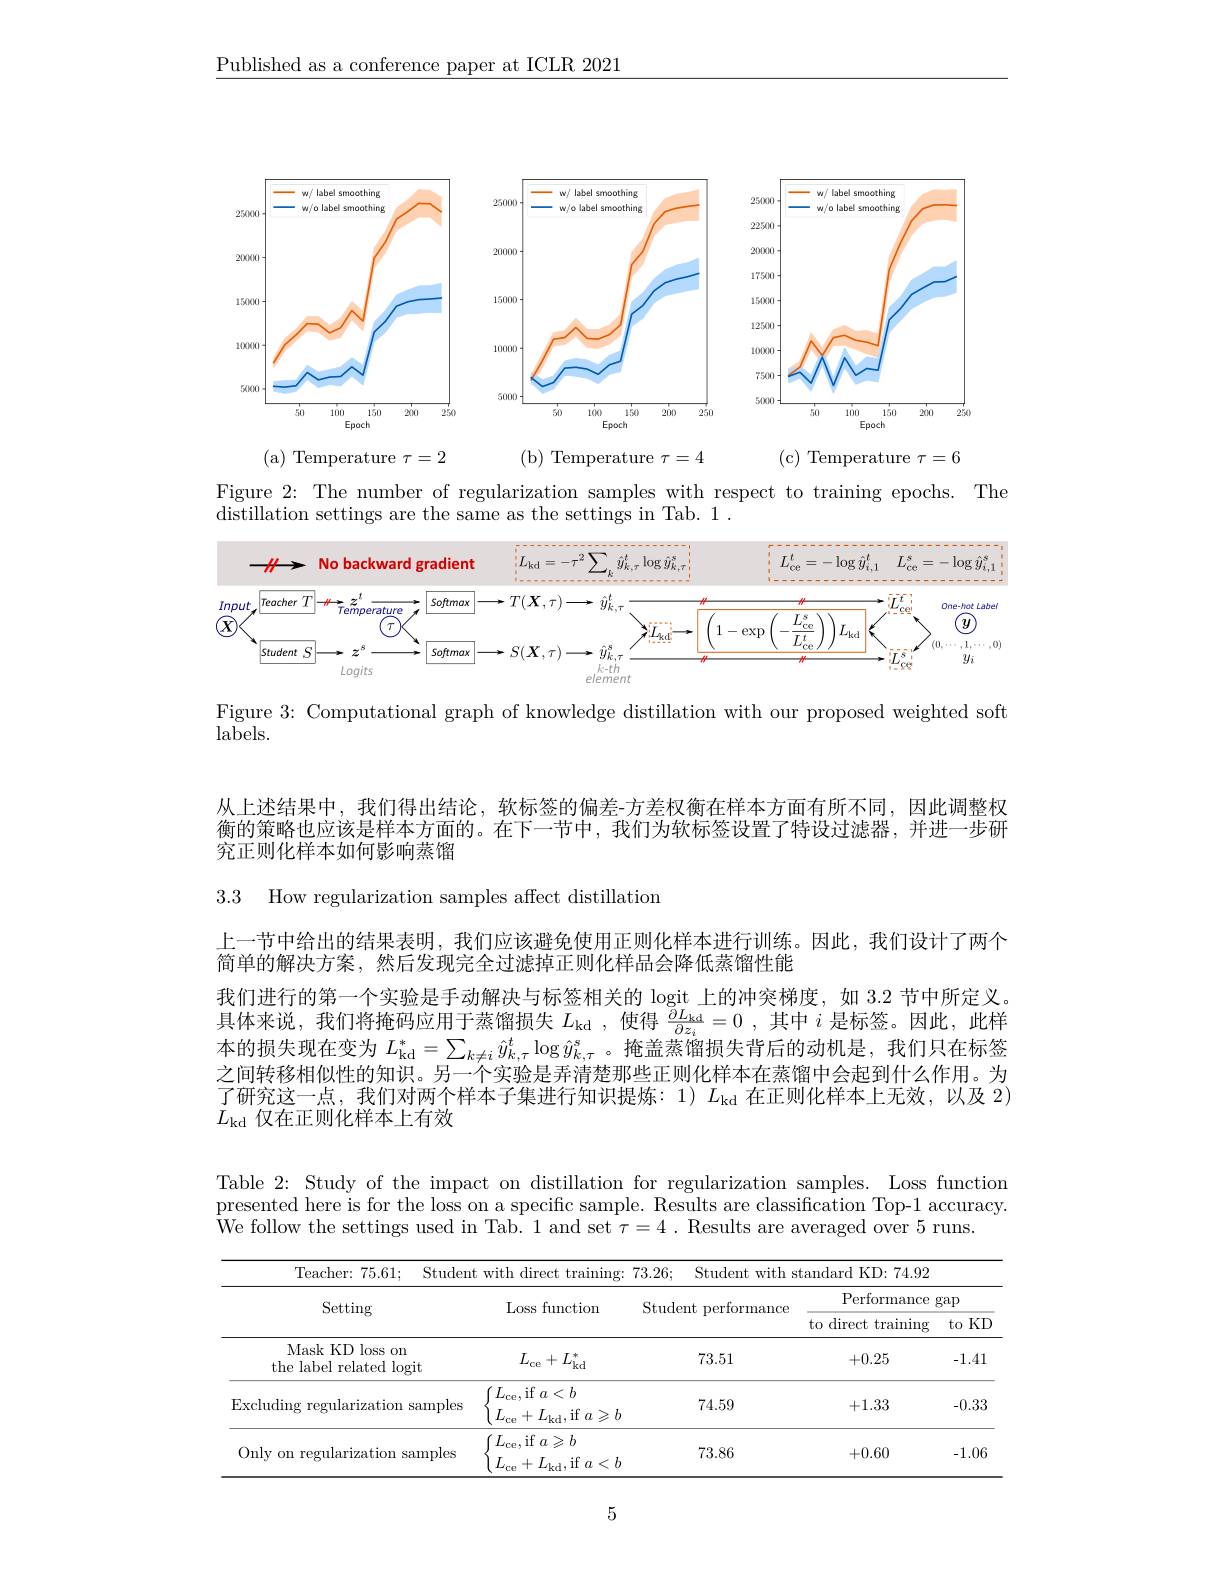
$\underline{\text{Published as a conference paper at ICLR 2021}}$

( b) Temperature $\tau = 4$
(a) Temperature $\tau=2$
(c)Temperature $\tau=6$

<FigureHere>

Figure 2: The number of regularization samples with respect to training epochs. The
distillation settings are the same as the settings in Tab. 1 .

<FigureHere>

Figure 3: Computational graph of knowledge distillation with our proposed weighted soft

labels.

从上述结果中，我们得出结论，软标签的偏差-方差权衡在样本方面有所不同，因此调整权衡的策略也应该是样本方面的。在下一节中，我们为软标签设置了特设过滤器，并进一步研究正则化样本如何影响蒸馏

3.3 How regularization samples affect distillation

上一节中给出的结果表明，我们应该避免使用正则化样本进行训练。因此，我们设计了两个
简单的解决方案，然后发现完全过滤掉正则化样品会降低蒸馏性能
我们进行的第一个实验是手动解决与标签相关的 logit 上的冲突梯度，如 3.2 节中所定义。具体来说，我们将掩码应用于蒸馏损失$L_\mathrm{kd}$ ,使得$\frac {\partial L_\mathrm{kd}}{\partial z_i}= 0$ ,其中$i$是标签。因此，此样本的损失现在变为$L_\mathrm{kd}^*=\sum_{k\neq i}\hat{y}_{k,\tau}^t\log\hat{y}_{k,\tau}^s$。掩盖蒸馏损失背后的动机是，我们只在标签之间转移相似性的知识。另一个实验是弄清楚那些正则化样本在蒸馏中会起到什么作用。为了研究这一点，我们对两个样本子集进行知识提炼：1)$L_\mathrm{kd}$在正则化样本上无效，以及 2) $\dot{L}_\mathrm{kd}$仅在正则化样本上有效

Table 2: Study of the impact on distillation for regularization samples. Loss function presented here is for the loss on a specific sample. Results are classification Top-1 accuracy. We follow the settings used in Tab. 1 and set $\tau=4$ . Results are averaged over 5 runs.

<table>
	<tbody>
		<tr>
			<th rowspan="2">Setting</th>
			<th rowspan="2">Loss function</th>
			<th rowspan="2">Student performance</th>
			<th colspan="2">Performance  gap</th>
		</tr>
		<tr>
			<th>to direct training</th>
			<th>$KL$ to</th>
		</tr>
		<tr>
			<td>Mask KD loss on the label related logit</td>
			<td>$L_{\mathrm{ce}}+L_{\mathrm{kd}}^*$</td>
			<td>73.51</td>
			<td>+0.25</td>
			<td>-1.41</td>
		</tr>
		<tr>
			<td>Excluding regularization samples</td>
			<td>$L_{\mathrm{ce}}$,if $a<b$ $L_{\mathrm{ce}}+L_{\mathrm{kd}}$,if $a\geqslant b$</td>
			<td>74.59</td>
			<td>+1.33</td>
			<td>-0.33</td>
		</tr>
		<tr>
			<td>Only on regularization samples</td>
			<td>$L_{\mathrm{ce}}$,if $a\geqslant b$ $L_{\mathrm{ce}}+L_{\mathrm{kd}}$,if $a<b$</td>
			<td>73.86</td>
			<td>+0.60</td>
			<td>-1.06</td>
		</tr>
	</tbody>
</table>

5